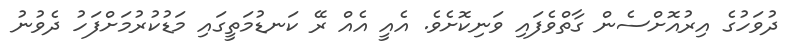
ދުވަހުގެ އިރުއޮށްސެން ގާތްވެފައި ވަނިކޮށެވެ. އެއީ އެއް ރޭ ކަނޑުމަތީގައި މަޑުކުރުމަށްފަހު ދެވުނު